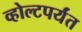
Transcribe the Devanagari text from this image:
व्होल्टपर्यंत